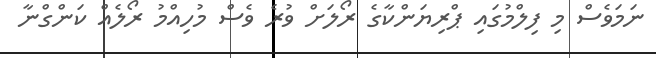
ނަމަވެސް މި ފިލްމުގައި ޕްރިޔަންކާގެ ރޯލަށް ވުރެ ވެސް މުހިއްމު ރޯލެއް ކަންގްނާ